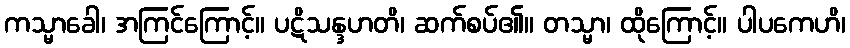
ကသ္မာခေါ၊ အကြင်ကြောင့်။ ပဋိသန္ဒဟတိ၊ ဆက်စပ်၏။ တသ္မာ၊ ထိုကြောင့်။ ပါပကေဟိ၊